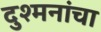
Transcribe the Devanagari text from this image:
दुश्मनांचा